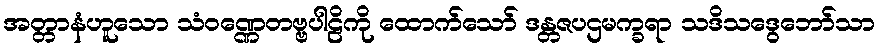
အတ္တာနံဟူသော သံဝဏ္ဏေတဗ္ဗပါဠိကို ထောက်သော် ဒန္တဇပဌမက္ခရာ သဒိသဒွေဘော်သာ